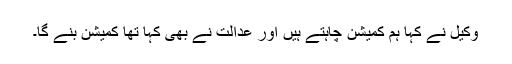
وکیل نے کہا ہم کمیشن چاہتے ہیں اور عدالت نے بھی کہا تھا کمیشن بنے گا۔